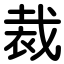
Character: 裁